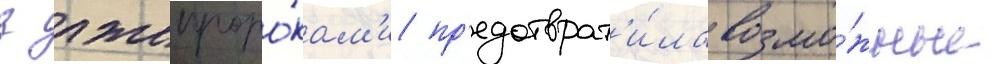
з лжепроро́кам'и пр'едотврат'и́ла возмо́жные